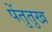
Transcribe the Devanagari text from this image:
पेंतुतुख